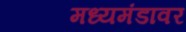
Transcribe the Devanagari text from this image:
मध्यमंडावर